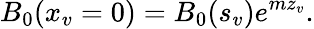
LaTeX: B_{0}(x_{v}=0)=B_{0}(s_{v})e^{mz_{v}}.